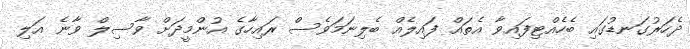
ދެހަރުގަނޑުގައި ބެހެއްޓިފައިވާ އެތައް ފައިލެއް ބެލިނަމަވެސް ރައިހާގެ އުންމީދަށް ވާސިލް ވާނެ އަލި